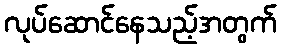
လုပ်ဆောင်နေသည့်အတွက်